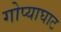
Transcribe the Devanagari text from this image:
गोप्याघाट